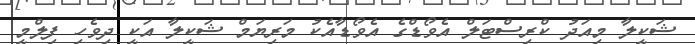
ޝަކީލާ މިއަދު ކްރިސްޓަލް އެވޯޑްގެ އެވޯޑާއެކު މަރިޔަމް ޝަކީލާ އަކީ ދިވެހި ފިލްމީ